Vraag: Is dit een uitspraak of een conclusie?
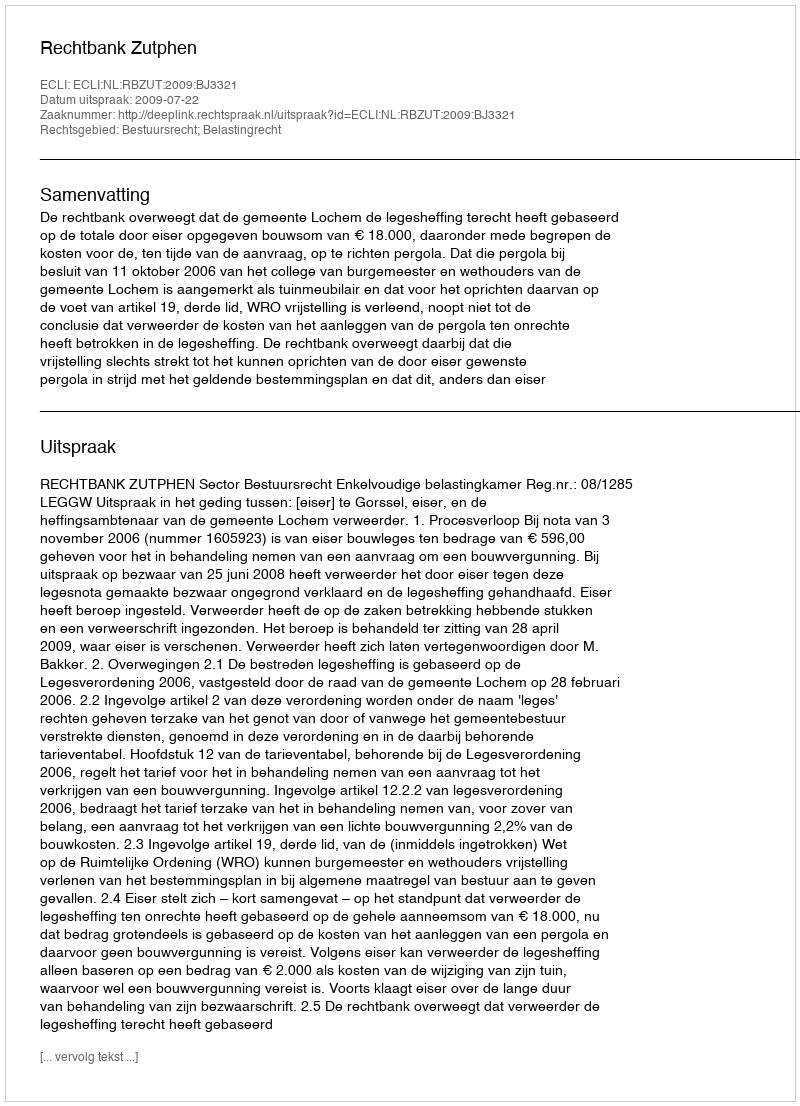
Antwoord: Uitspraak